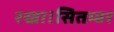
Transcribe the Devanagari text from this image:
रखा।सितम्बर